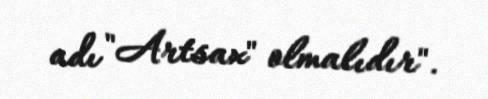
adı "Artsax" olmalıdır".